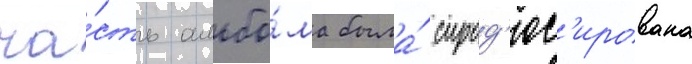
ча́сть альбо́ма была́ спрод'юс'ирована